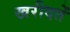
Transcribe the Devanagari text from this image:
खरीदतें